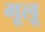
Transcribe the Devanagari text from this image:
गूलू